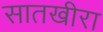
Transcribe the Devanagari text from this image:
सातखीरा